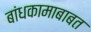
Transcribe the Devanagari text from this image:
बांधकामाबाबत